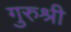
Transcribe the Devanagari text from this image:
गुरुश्री